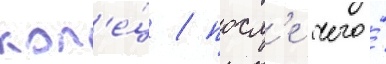
кол'е́ц / посл'е чего́